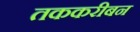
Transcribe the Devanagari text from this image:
तककरीबन